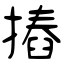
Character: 摏